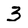
Character: 3